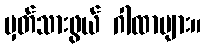
မှတ်သားဖွယ် ဂါထာများ။